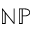
\mathbb { N P }